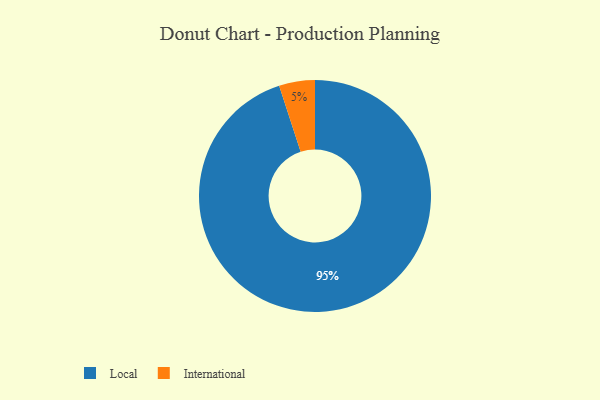
{"axis": {"x": "Category", "y": "Percentage"}, "legend": ["International", "Local"], "data": [{"x": "Local", "y": 95, "type": "Local"}, {"x": "International", "y": 5, "type": "International"}]}